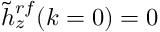
\tilde { h } _ { z } ^ { r f } ( k = 0 ) = 0